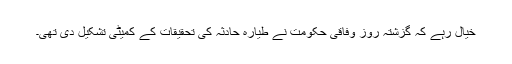
خیال رہے کہ گزشتہ روز وفاقی حکومت نے طیارہ حادثہ کی تحقیقات کے کمیٹی تشکیل دی تھی۔